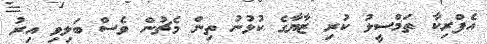
އެފްރިކާ ތަމްސީލު ކުރި ޒާޔާގެ ކުޅުނު ތިން މެޗުން ވެސް ބަލިވި އިރު